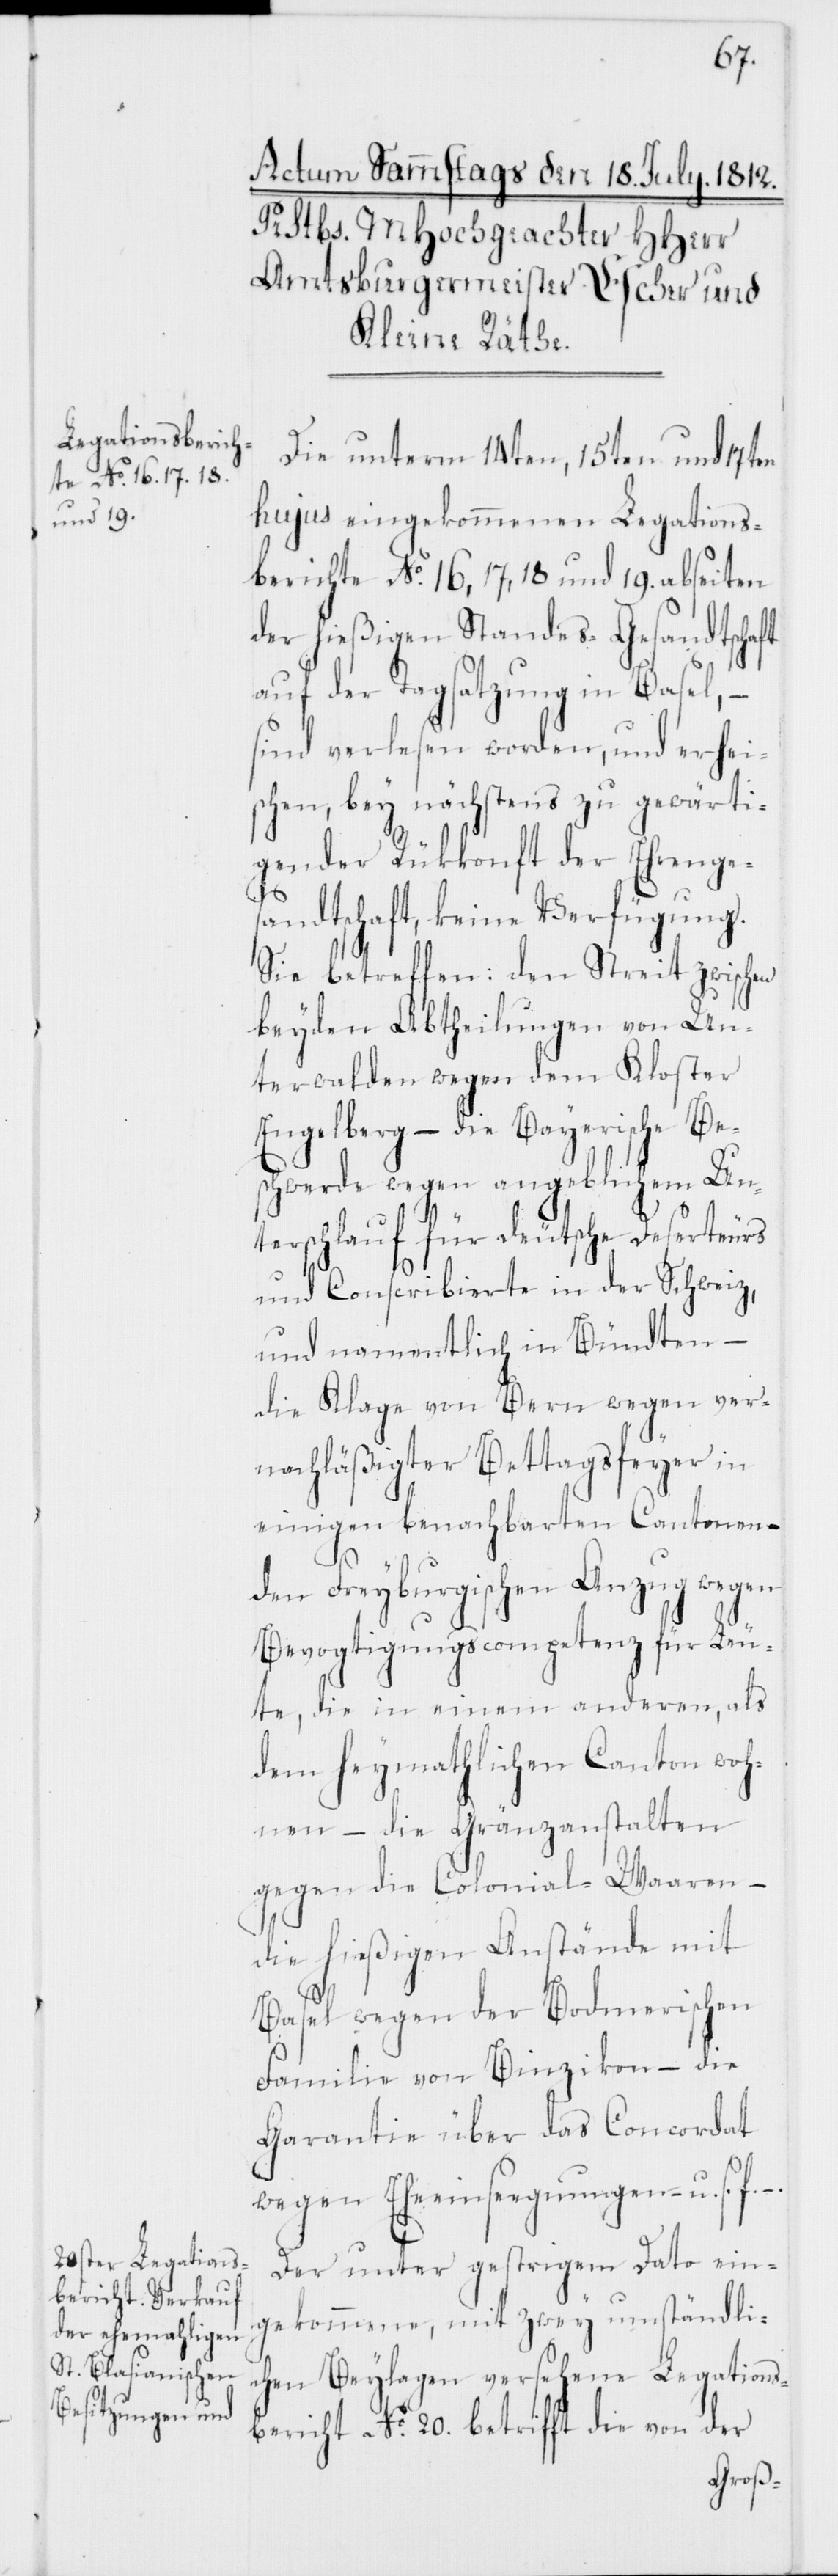
Die unterm 14ten, 15ten und 17ten
hujus eingekommenen Legations¬
berichte No 16, 17, 18 und 19. abseiten
der hießigen Standes-Gesandtschaft
auf der Tagsatzung in Basel, –
sind verlesen worden, und erhei¬
schen, bey nächstens zu gewärti¬
gender Rückkonft der Ehrenge¬
sandtschaft, keine Verfügung.
Sie betreffen: Den Streit zwischen
beyden Abtheilungen von Un¬
terwalden wegen dem Kloster
Engelberg – die Bayerische Be¬
schwerde wegen angeblichem Un¬
terschlauf für deutsche Deserteurs
und Conscribierte in der Schweiz,
und namentlich in Bündten –
die Klage von Bern wegen ver¬
nachläßigter Bettagsfeyer in
einigen benachbarten Cantonen –
den Freyburgischen Anzug wegen
Bevogtigungscompetenz für Leu¬
te, die in einem anderen, als
dem heymathlichen Canton woh¬
nen – die Gränzanstalten
gegen die Colonial-Waaren –
die hießigen Anstände mit
Basel wegen der Bodmerischen
Familie von Binzikon – die
Garantie über das Concordat
wegen Eheeinsegnungen u. s. f.
Der unter gestrigem Dato ein¬
gekommene, mit zwey umständli¬
chen Beylagen versehene Legations¬
bericht No 20. betrifft die von der